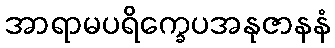
အာရာမပရိက္ခေပအနုဇာနနံ